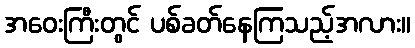
အဝေးကြီးတွင် ပစ်ခတ်နေကြသည့်အလား။